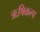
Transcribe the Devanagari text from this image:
ऋषिकल्प